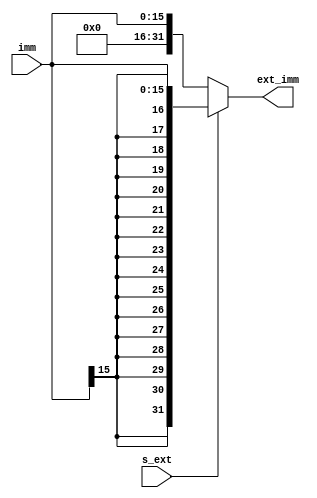
module ext (
    input  s_ext,
    input [15:0] imm,
    output [31:0] ext_imm
);

assign ext_imm = (s_ext) ? {{16{imm[15]}},imm} : {{16{1'b0}},imm};

endmodule //extend